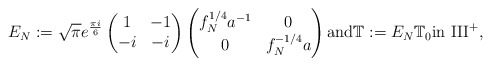
\begin{align*}E_N:= \sqrt{\pi}e^{\frac{\pi i}{6}}\begin{pmatrix}1 & -1 \\ -i & -i\end{pmatrix}\begin{pmatrix}f_N^{1/4}a^{-1} & 0 \\ 0 & f_N^{-1/4} a\end{pmatrix} \mbox{and} \mathbb{T}:= E_N \mathbb{T}_0 \mbox{in III}^+ ,\end{align*}